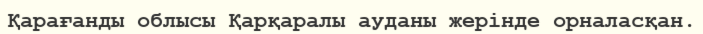
Қарағанды облысы Қарқаралы ауданы жерінде орналасқан.